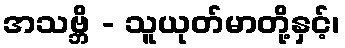
အသဗ္ဘိ - သူယုတ်မာတို့နှင့်၊